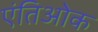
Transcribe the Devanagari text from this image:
एंतिओक